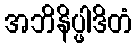
အဘိနိပ္ဖါဒိတံ